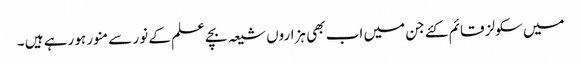
میں سکولز قائم کئے جن میں اب بھی ہزاروں شیعہ بچے علم کے نور سے منور ہو رہے ہیں ۔